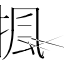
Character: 𢱚